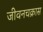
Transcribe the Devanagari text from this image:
जीवनचक्रास